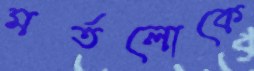
মর্তলোকে